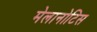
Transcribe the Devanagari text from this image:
मेलानोटिस